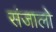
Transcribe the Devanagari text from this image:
संजालो